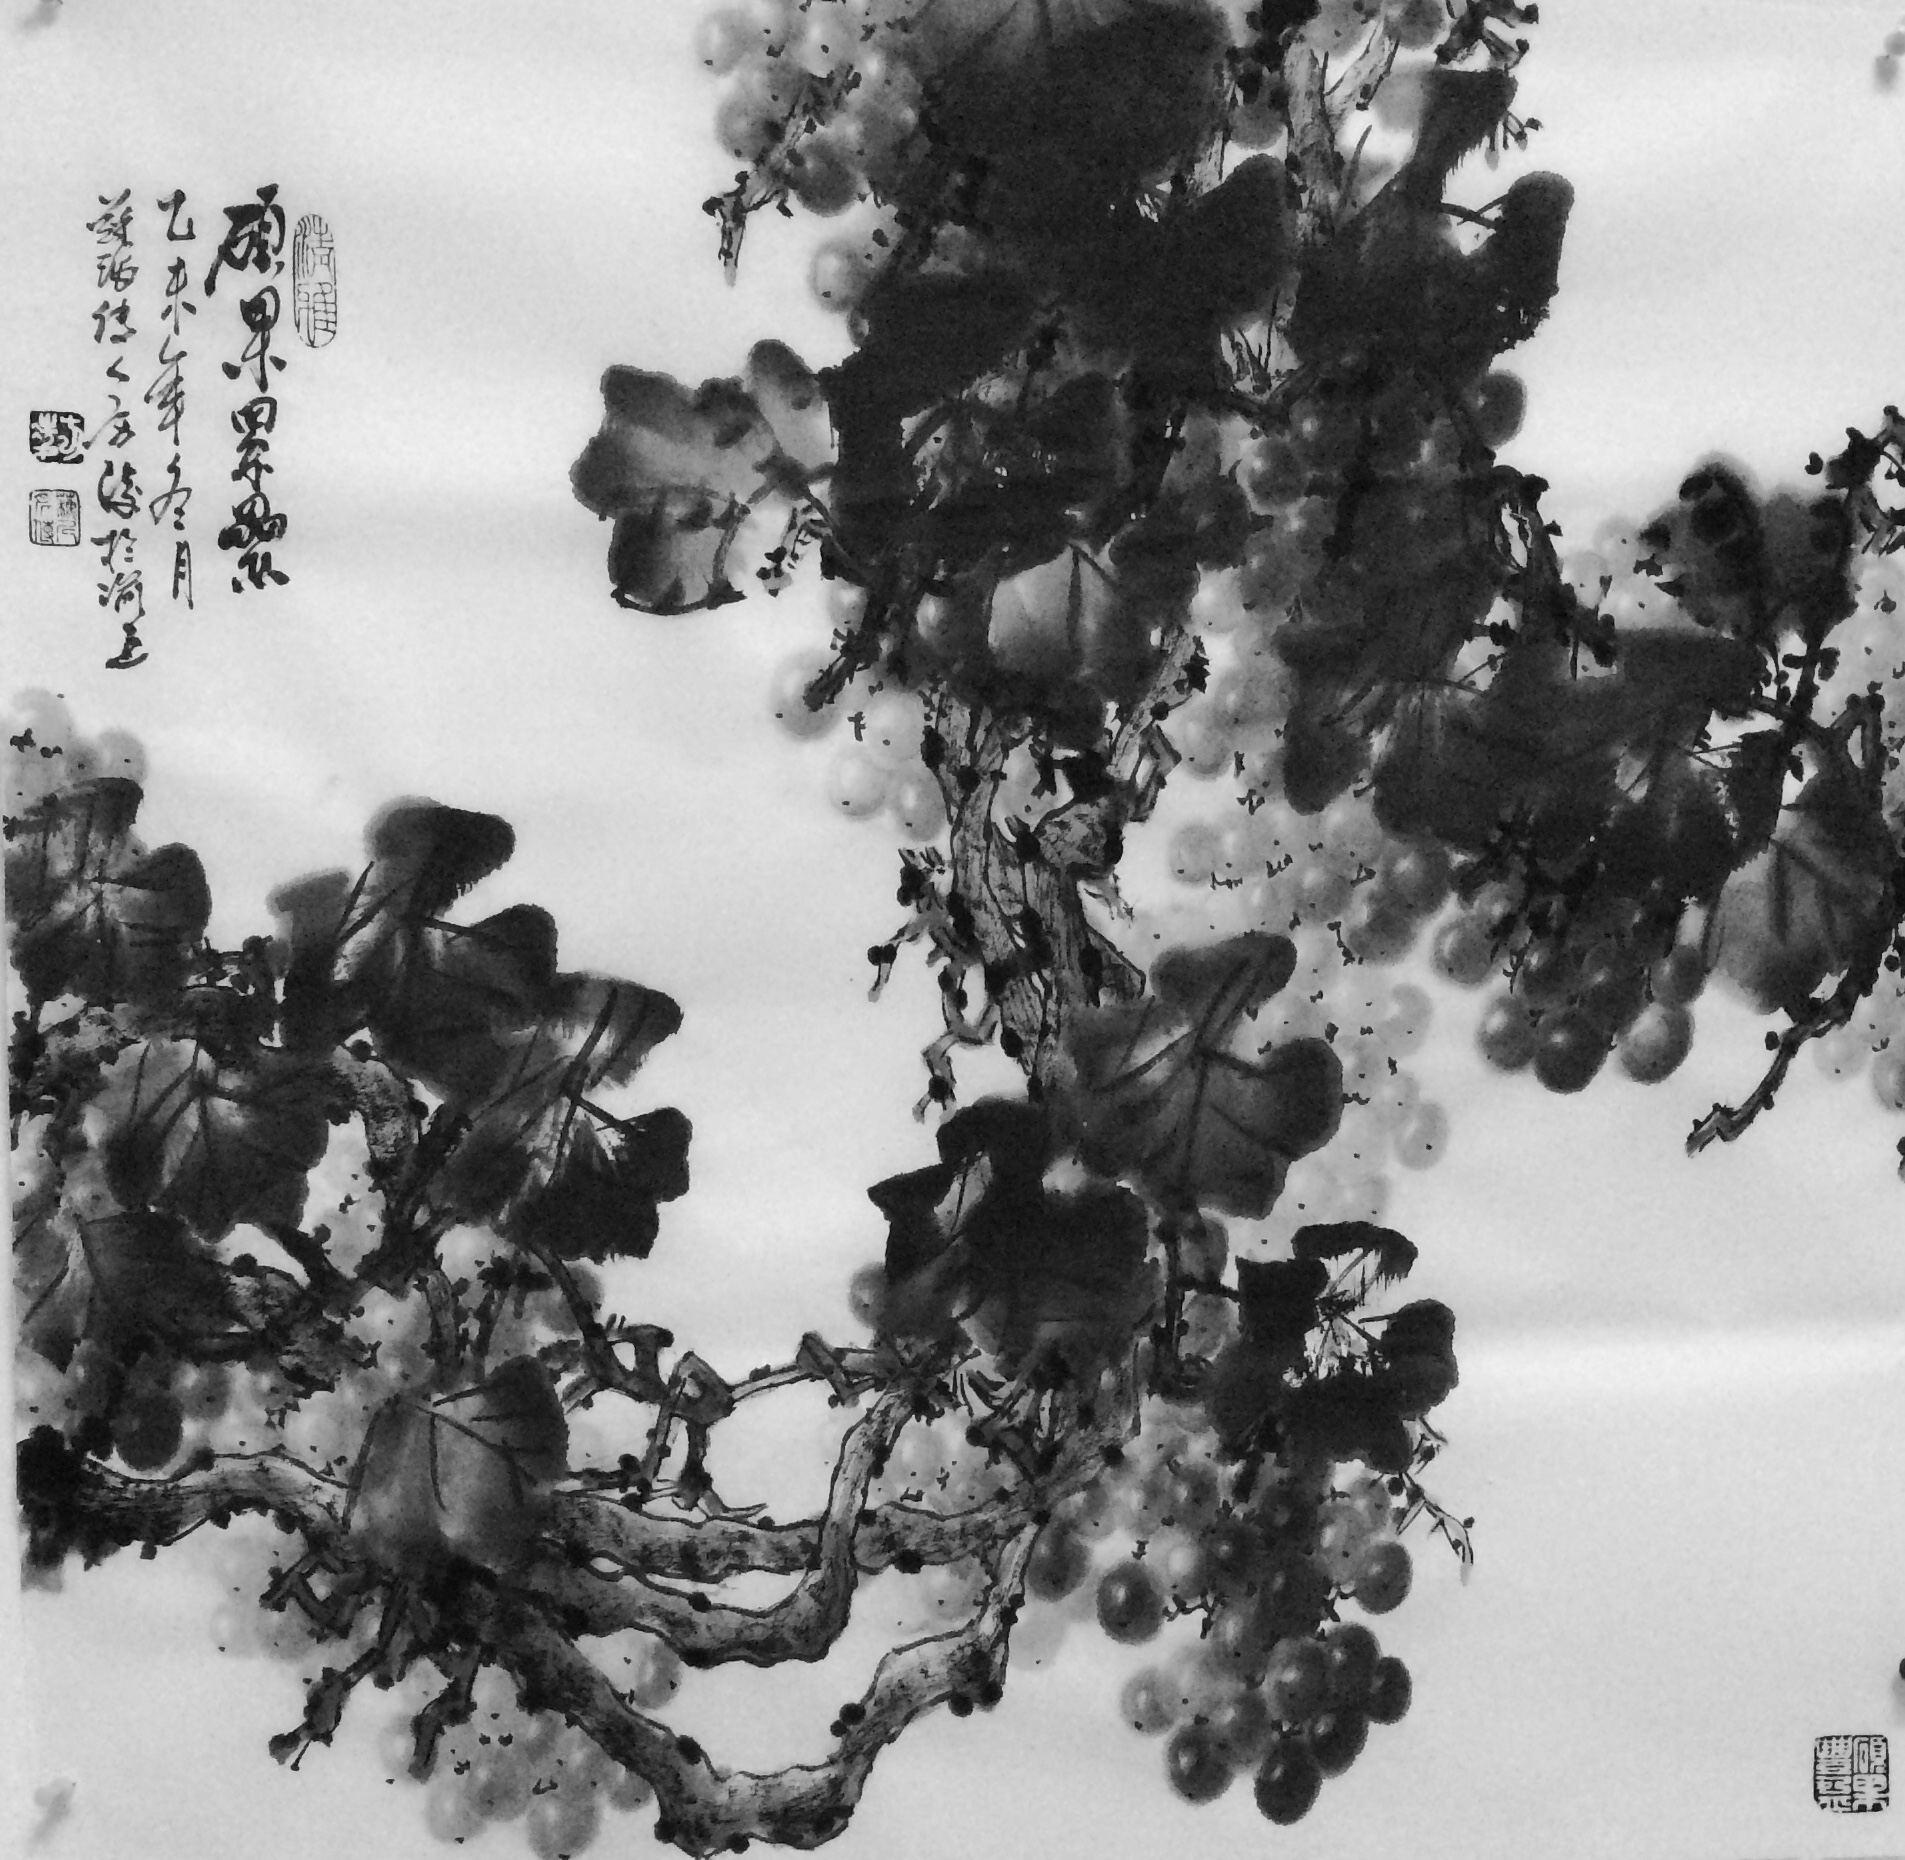
此曲有意无人传，愿随春风寄燕然，忆君迢迢隔青天。